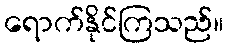
ရောက်နိုင်ကြသည်။